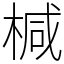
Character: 椷